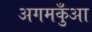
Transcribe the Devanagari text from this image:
अगमकुँआ